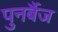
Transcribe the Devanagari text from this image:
पुनर्बैज